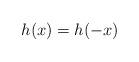
LaTeX: \begin{align*}h(x)=h(-x)\end{align*}